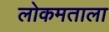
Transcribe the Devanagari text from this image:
लोकमताला